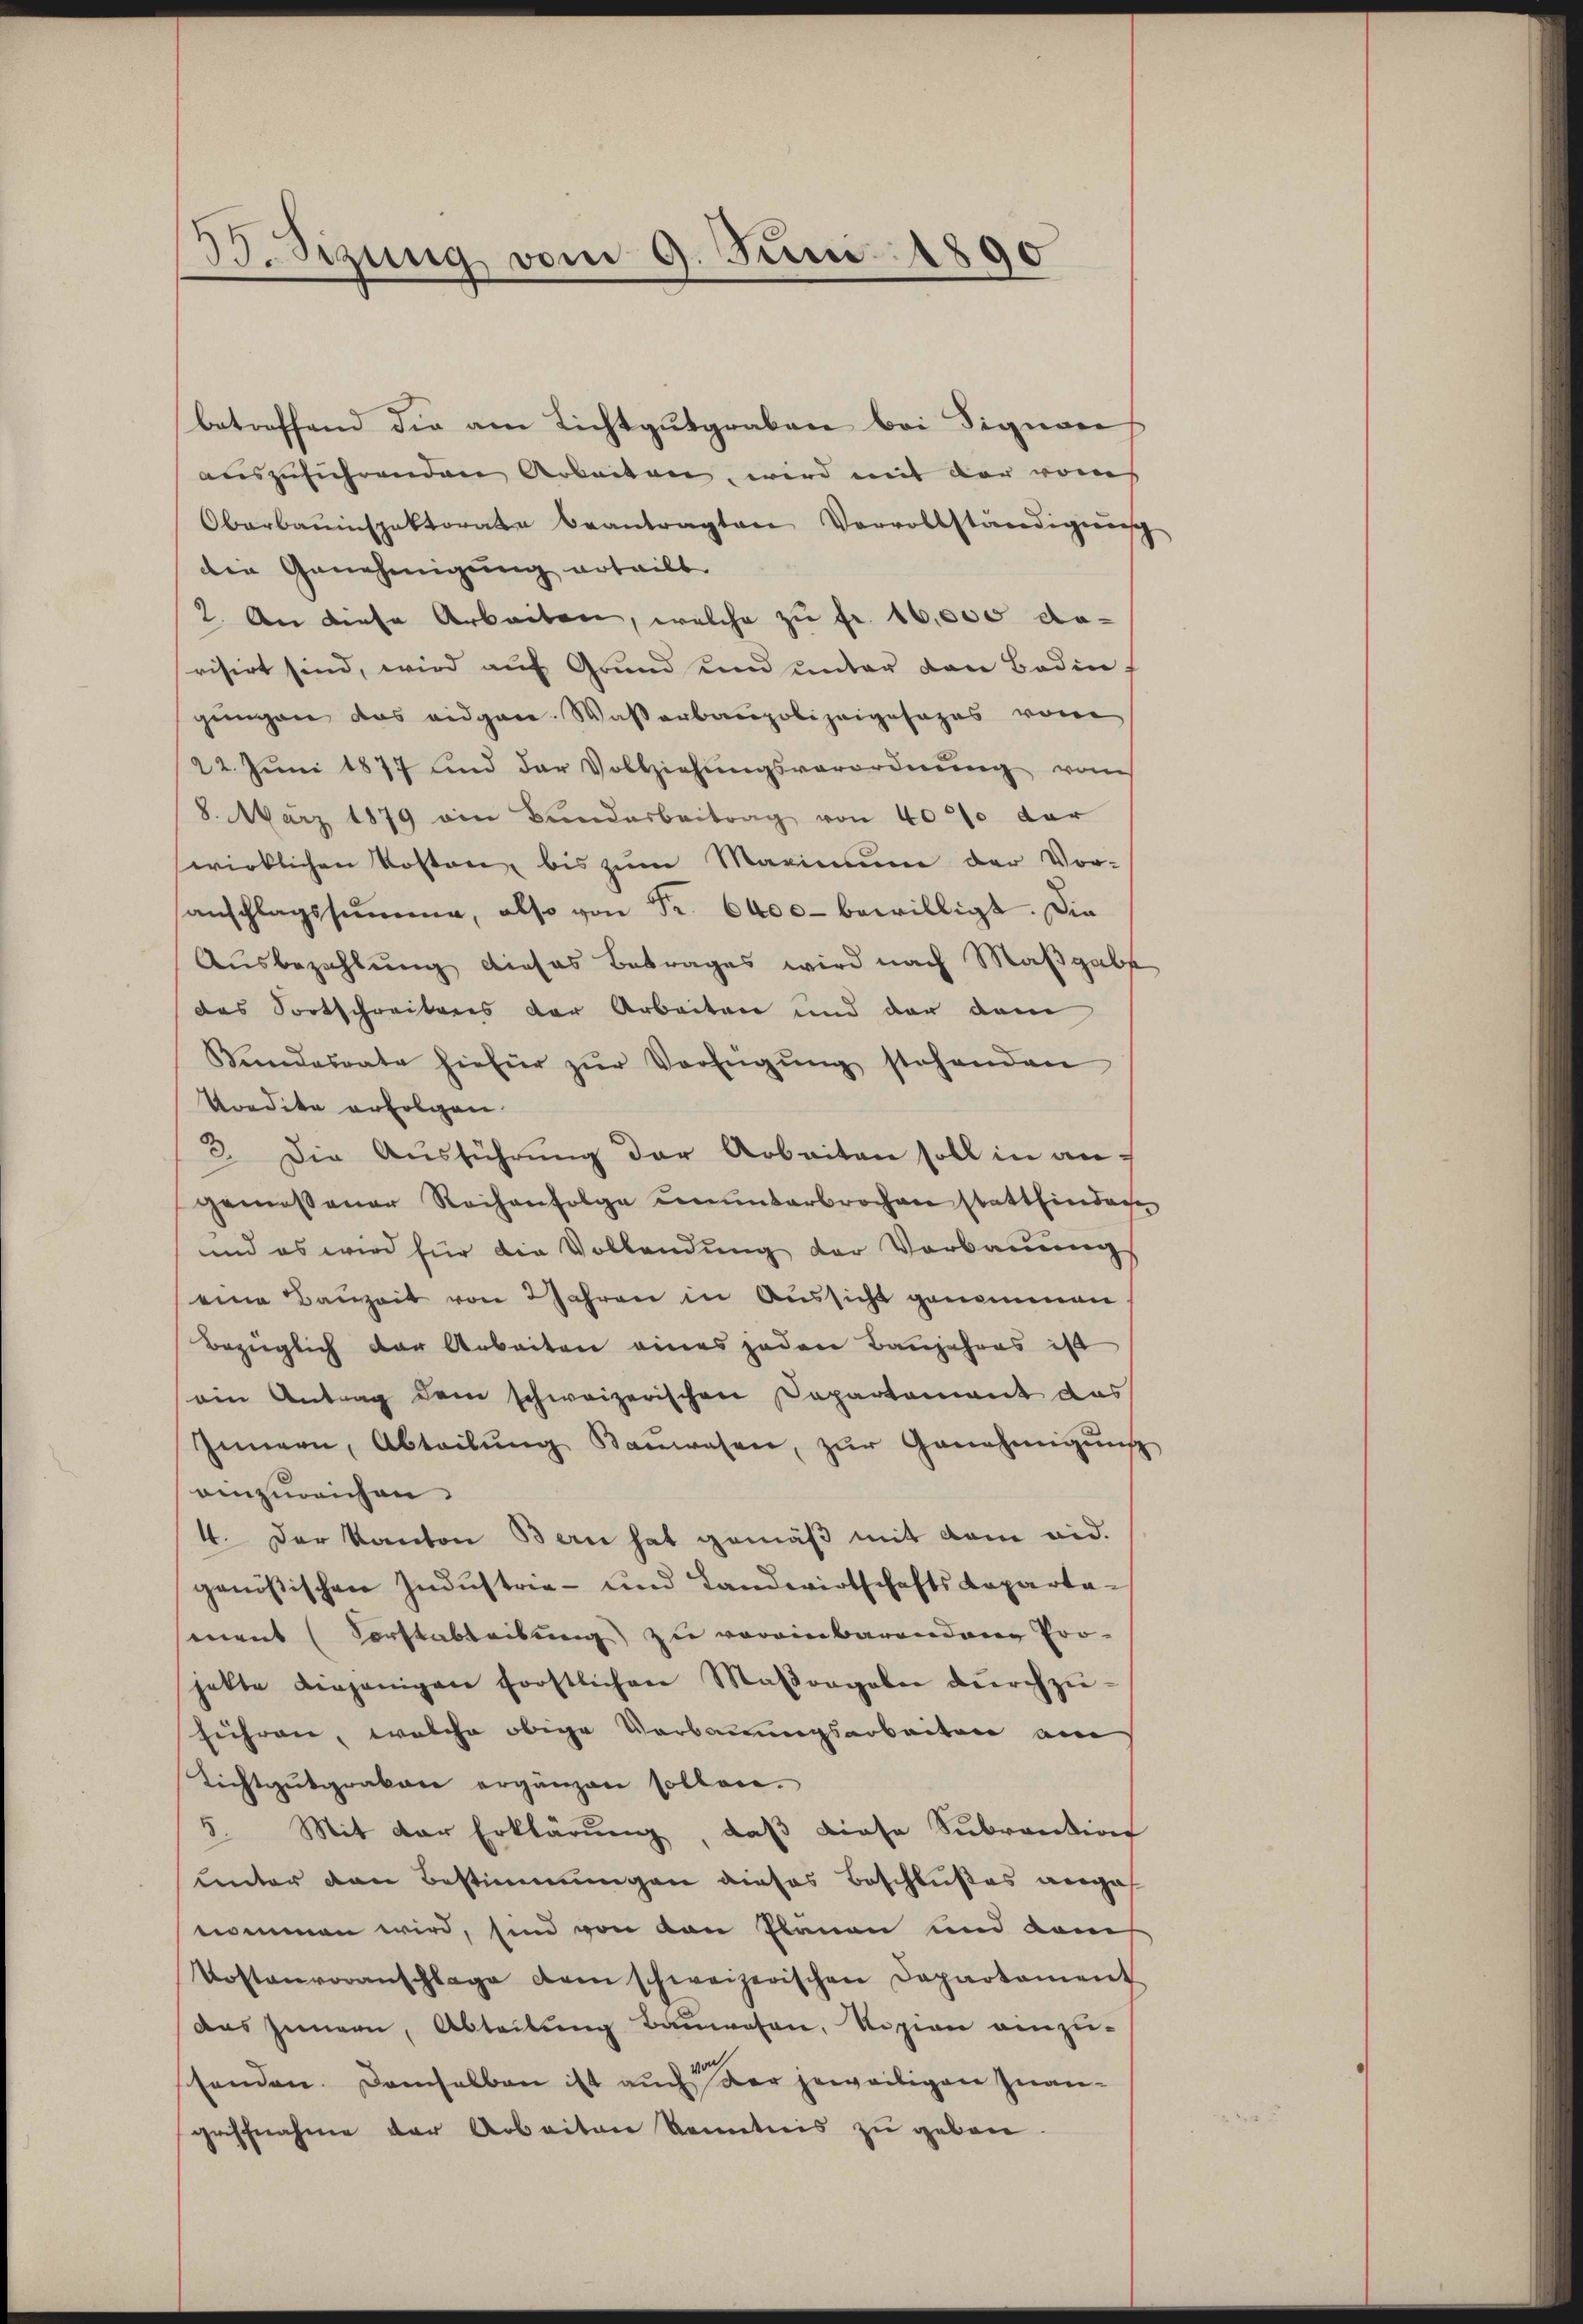
35. Sizung vom 9. Juni 1890

betreffend die am Lichtgutgraben bei Signare
auszuführenden Arbeiten, wird mit der vom
Oberbauinspektorate beantragten Vervollständigung
die Genehmigung erteilt
2. An diese Arbeiten, welche zŭ fr. 16,000 darisirt sind, wird auf Grund und unter den Bedingingen das eidgen. Wasserbaupolizeigesages von
22. Juni 1877 und der Vollziehŭngsverordnŭng vom
8. März 1879 von Bunderbeitrag von 40% der
wirklichen Kosten, bis zum Maximum der Vor-
anschlagssumme, also von Fr. 6000 bewilligt. Die
Ausbezahlung dieses Betrages wird nach Maßgabe
das Fortschreiteres der Arbeiten und der dem
Sendesrate hiefür zŭr Verfügŭng stehenden
Vredite erfolgen.
3. Die Aŭsführŭng der Arbeiten soll in angemessener Reihenfolge ununterbrochen stattfinden
und es wird für die Vollendŭng der Verbaŭŭng
eine Bauzeit von 2 Jahren in Aussicht genommen,
Bezüglich der Arbeiten eines jeden Banjahres ist
ein Antrag dem schweizerischen Departement das
Innern, Abteilŭng anwesen, zŭr Genehmigŭng
einzureichen.
4. Der Kanton Bern hat gemäβ mit dem eid.
genößischen Industrie- und Landwirtschafts Repartament (Vorstabteibung zu vereinbarenden Pro-
jekte diejenigen forstlichen Maβorgaben dŭrchzŭ-
führen, welche obige Vorbauungsarbeiten am
Lichtgŭtgrakane ergänzen sollen.
5. Mit der Erklärung, daß diese Subvention
unter den Bestimmungen dieses Beschlußes angef
nommen wird, sind von den Planen und dam
Kostenvoranschlage dem schweizerischen Departament
das Innern, Abteilung Bauwesen, Rozion einzu-
handen. Demselben ist auch der jeweiligen Inangriffnahme der Arbeiten Kenntnis zu geben.